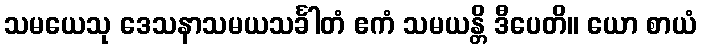
သမယေသု ဒေသနာသမယသင်္ခါတံ ဧကံ သမယန္တိ ဒီပေတိ။ ယော စာယံ